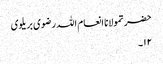
حضرتمولانا انعام اللہ رضوی بریلوی
۱۲۔